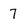
Character: 7